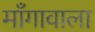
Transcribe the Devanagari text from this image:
माँगावाला